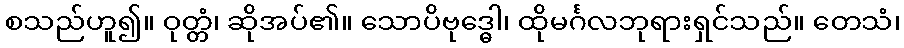
စသည်ဟူ၍။ ဝုတ္တံ၊ ဆိုအပ်၏။ သောပိဗုဒ္ဓေါ၊ ထိုမင်္ဂလဘုရားရှင်သည်။ တေသံ၊